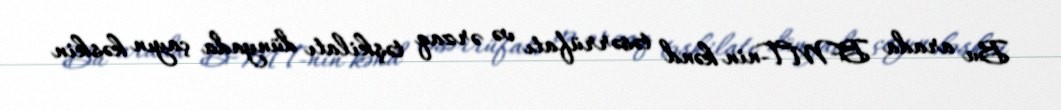
Bu arada BMT-nin kənd təsərrüfatı və ərzaq təşkilatı dünyada çayın kəskin